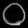
Digit: ၀